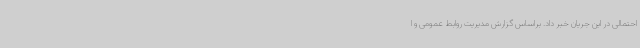
احتمالی در این جریان خبر داد. براساس گزارش مدیریت روابط عمومی و ا